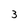
Character: 3